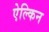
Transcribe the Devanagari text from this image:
ऐल्किन